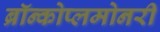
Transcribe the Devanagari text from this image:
ब्रॉन्कोप्लमोनरी